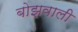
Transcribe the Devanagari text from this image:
बोझवाली